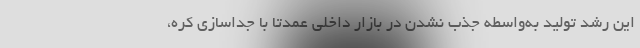
این رشد تولید به‌واسطه جذب نشدن در بازار داخلی عمدتا با جداسازی کره،